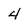
Character: 4